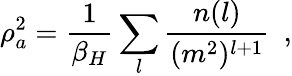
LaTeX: \rho_{a}^{2}={\frac{1}{\beta_{H}}}\sum_{l}{\frac{n(l)}{(m^{2})^{l+1}}}~~,